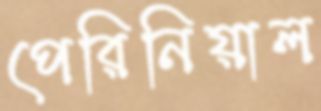
পেরিনিয়াল